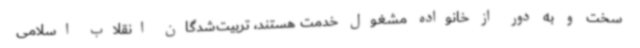
سخت و به دور از خانواده مشغول خدمت هستند، تربیت‌شدگان انقلاب اسلامی